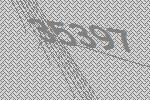
35397